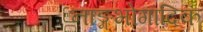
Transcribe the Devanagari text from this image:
नाङ्गभोगादिकं